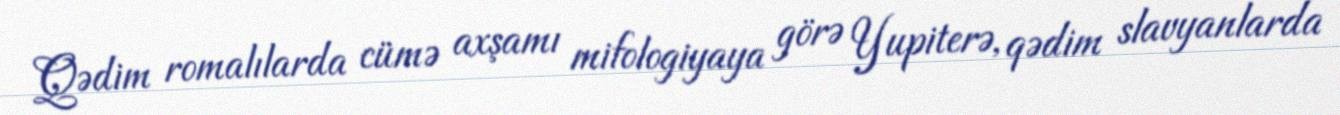
Qədim romalılarda cümə axşamı mifologiyaya görə Yupiterə, qədim slavyanlarda